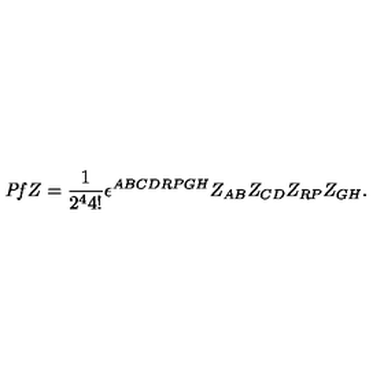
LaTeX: { \it P f } Z = { \frac { 1 } { 2 ^ { 4 } 4 ! } } \epsilon ^ { A B C D R P G H } Z _ { A B } Z _ { C D } Z _ { R P } Z _ { G H } .